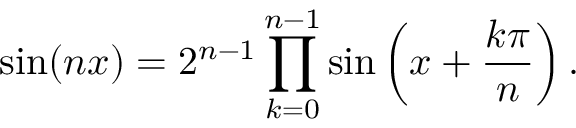
\sin ( n x ) = 2 ^ { n - 1 } \prod _ { k = 0 } ^ { n - 1 } \sin \left( x + { \frac { k \pi } { n } } \right) .